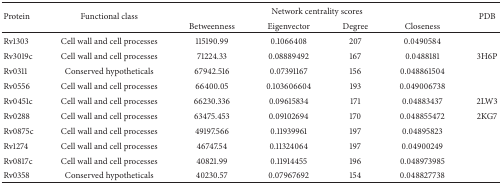
<table><thead><tr><td rowspan="2"><b>Protein</b></td><td rowspan="2"><b>Functional class</b></td><td colspan="4"><b>Network centrality scores</b></td><td rowspan="2"><b>PDB</b></td></tr><tr><td><b>Betweenness</b></td><td><b>Eigenvector</b></td><td><b>Degree</b></td><td><b>Closeness</b></td></tr></thead><tbody><tr><td>Rv1303</td><td>Cell wall and cell processes</td><td>115190.99</td><td>0.1066408</td><td>207</td><td>0.0490584</td><td> </td></tr><tr><td>Rv3019c</td><td>Cell wall and cell processes</td><td>71224.33</td><td>0.08889492</td><td>167</td><td>0.0488181</td><td>3H6P</td></tr><tr><td>Rv0311</td><td>Conserved hypotheticals</td><td>67942.516</td><td>0.07391167</td><td>156</td><td>0.048861504</td><td> </td></tr><tr><td>Rv0556</td><td>Cell wall and cell processes</td><td>66400.05</td><td>0.103606604</td><td>193</td><td>0.049006738</td><td> </td></tr><tr><td>Rv0451c</td><td>Cell wall and cell processes</td><td>66230.336</td><td>0.09615834</td><td>171</td><td>0.04883437</td><td>2LW3</td></tr><tr><td>Rv0288</td><td>Cell wall and cell processes</td><td>63475.453</td><td>0.09102694</td><td>170</td><td>0.048855472</td><td>2KG7</td></tr><tr><td>Rv0875c</td><td>Cell wall and cell processes</td><td>49197.566</td><td>0.11939961</td><td>197</td><td>0.04895823</td><td> </td></tr><tr><td>Rv1274</td><td>Cell wall and cell processes</td><td>46747.54</td><td>0.11324064</td><td>197</td><td>0.04900249</td><td> </td></tr><tr><td>Rv0817c</td><td>Cell wall and cell processes</td><td>40821.99</td><td>0.11914455</td><td>196</td><td>0.048973985</td><td> </td></tr><tr><td>Rv0358</td><td>Conserved hypotheticals</td><td>40230.57</td><td>0.07967692</td><td>154</td><td>0.048827738</td><td> </td></tr></tbody></table>